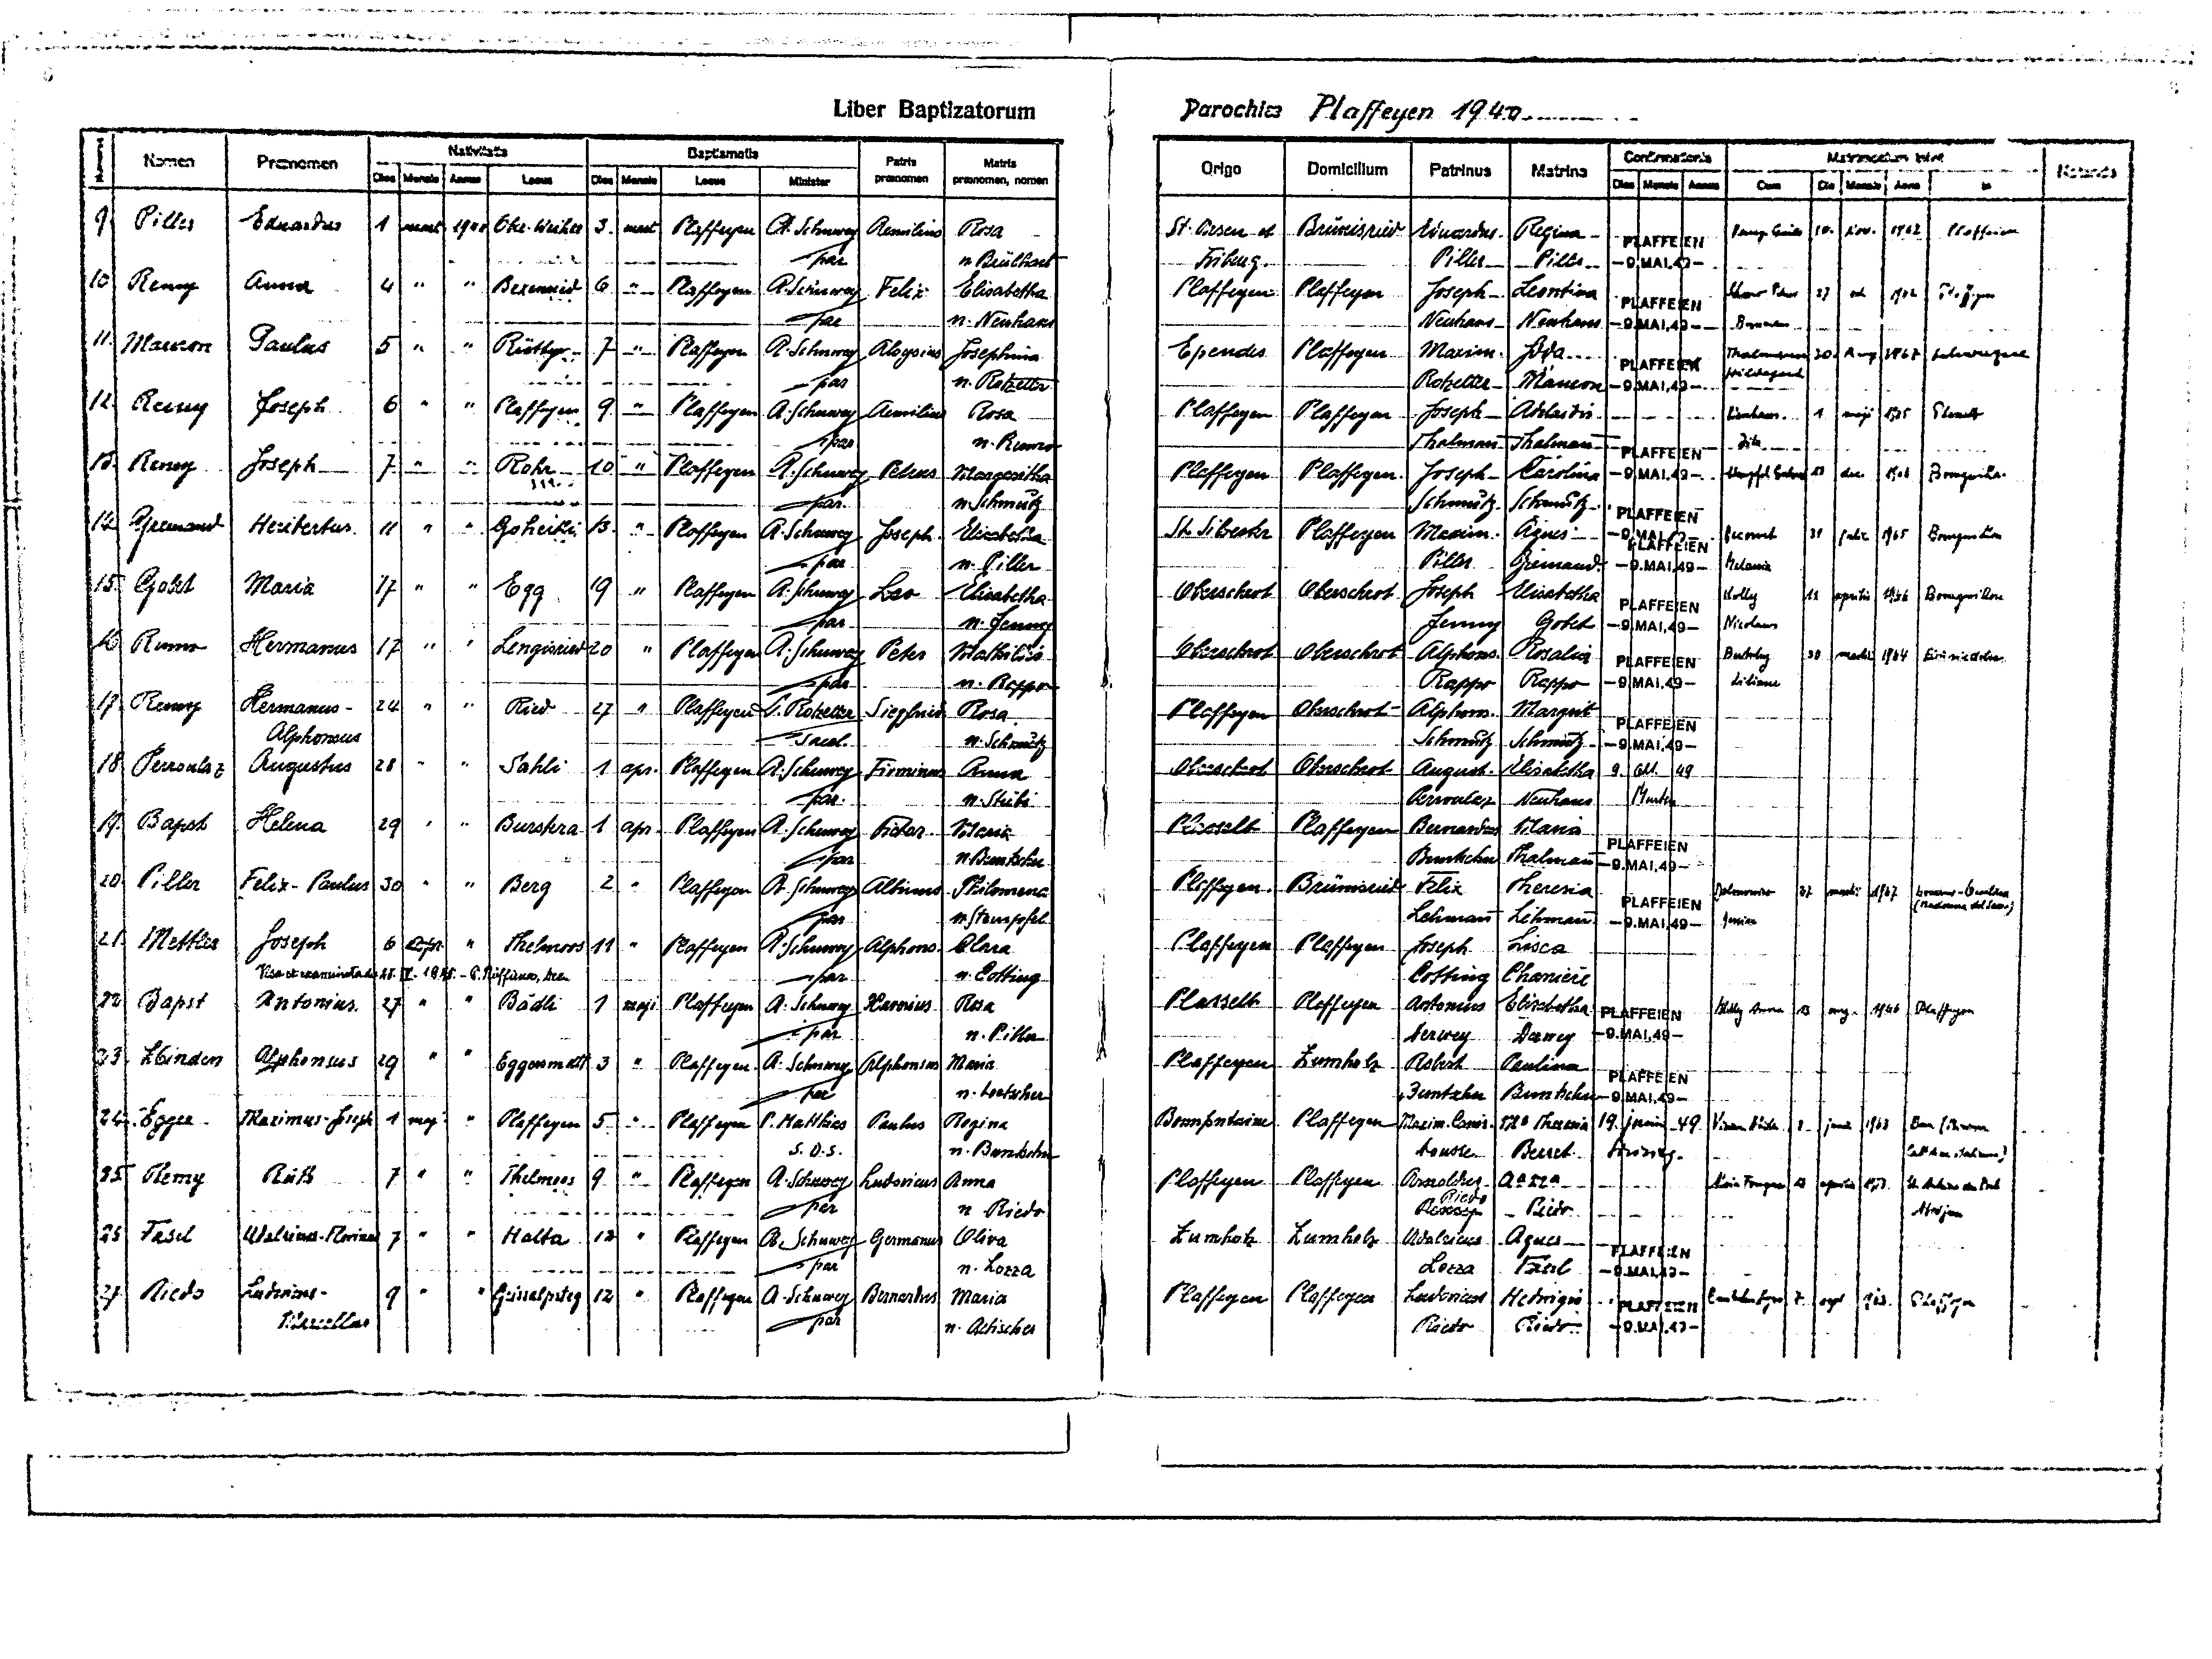
5
3
Parochie Plaffeyen 1949
lider Papflratorum
m
DrrEmat
Ke u
n
Certr
Patrt
Matrte
K3
Prannen
Artgo
Damleillum
Patriners
135113

tan
ner
k
an
Braen
erarromen norvan f
h

ann
Aster
anf
E
=
an
ha
an
ui
den
Pitter
Sanseder
9
5
11
15.
1100/
Ohe. Wiecht
Roffeen
Rrosa
ma
. Sehea
st. liesen4.
eo.
/1702/
Regina.
Erafteie
/10.1
Ressileies
Bruriszur
tinarder.
dang Ei
vrTE
 Beubtoct
Pilli¬
hat
Frrbellz
1-0;ealG-
Piller¬
.

10
Aed

Rassegen
Kea
4
16
Aerira
Elisabetha
Lesrstion
Bereid
Claffegen.
1121
5
Sehr
Plaffegen
12)
ich
Josget-
hoer P
MlTTERe
n. Nenharr
Iht
Nenhars
Nanher.
SpA116--
Derne
s
10
Miaer
Tanlas
e
151
Keutt¬
7

Marion:
K Schmerg
Eßendes
.
Rasfasen!
Alsgpins
Sluffogen.
1
sehnarngent
ha
17
f
Frolsehmia
Mar
frienegen
Rotzeltee¬
Maucon
has
4. Roketter
f-5flA1,A8-

Rei

6
9
=
Hotgsu
Raffehen
Rossgen
S. Laffagen.
Aearilin
Arolasdie¬
Tha
Josept-
enif
/1
A. Scha
1
Plaffegan
ha.
Rosa
m. Red
Thalman
Dit
Balam
et
farre

1o
er

0/
Jrseph-
4
Roh
A. schnedt
Roffegen
27
Ceiobur
-0/1AI.13-
Bomgniha.
s
/an
rpfel Betrah
Leha
Slaffegen.
Plaffegen.
/10
Josepb¬
Tchargesitha
h
Schas h
1 hmätz
Schrutz.
Marreke

14
e
1
Heritertus.
5/
1
14
Goheike
Rossegen
St Sibechr
iestota
Brigen Lir
Plaffegen
13
Mecion.
Käses:
esmit
e
er
. Scha
-01A41]=
Jogpt
HLAFFEIEN
v. Giller.
Gremande
shar
Siller.
Belassie
-P. MA1BD-
erf
157
19/
4r
1

Goht
Maria
677
Raffegen
Cisabetha
Cberschert
Uisstoher
Oberschert
/ollg
ber
sthete
e
Korng kon
K. Schaa
fegntit
/15
PfaFFefen
Gotet
I
u. Jomarg
Jernng
Nisdans
1- 0/Ma1.10-

8

Hermarus
1
21
1
Lengissier
120/
Plaffera
A. Schnra
Obeischres
Pbirscbert
Alphors
130
Peter
154
mahth
Rosali
Brnnoh
Stakilds¬
Bubrlig
pfartEw
ht
Rappo
(- 5/AAI. 36
Litiem
Kapfer
u. Kohsr
1

ornoth
Kermanens¬
1
Kird
124/
9.
Plaffegen
(
Sipfeich
Khargert
. Rotelte
Kloffoan
Rbosschert¬
Aptwe.
Rosa.
PfaFFEEW
Alphoreus
rea
4. Schreutz
seheerutz
Schmz
 9/N1A1. 40-

Terronla?
Angustus
128/
Pahli.
Atorschert

Mbeschiot
Angurt.
schit
Roffegen
schmg
Huna
ges.
Kranaaf
19./61. /49
Bente
N. Steibe.
Ihh.
Krrale
Nenhans

de
(apst
Relmna
11
Burstera
11
129/
Kustelt
Raffegenn
Bermarde
ß14.
tilans
Kaffegenl
R. Sche
Boar
Tolara
FifärFEHW
N. BiemBte.
Shr
Malman
Brwkcho
f 0.MAI.96-
Pilter
40/

3
er
Berg

Kloffegen.
Fel- Panles
3d
Brursend
Sohtgen
Abeiwer
Klie
Reresia
t. Schnre
Silomena
ow
184
homier-Oen
e
5/57
FlAFFEIEN
raso d da)
Lehiman
in Stamspfel
Letman
Her
-P. M1A1183
Jonien
Mettier
21
Joseet
4

n
Telmioo

.Laffegen
Plaffegen¬
arsca
S. Schnerof
Klara
11/
Raffegen
Alptons
Arseph.
v. Cotting
Cottiig
Riss et exareistadt 18. VI. 18. 75. - 6. Ruffüna, bein
Chamierl
ar.
118/

Plasselb
Bädli
Plofferen.
Daper
17
Paffegen
Rieporiws.
Antorms
Antorus.
17
(ag
Rosa
Ebiscbother
A. Schar
skatz benn
o
rg.
/1948
Maschegen
Ei
70. MA1.19
he
dareg
4. Pittar
Verweg
Koffegen

Alsken1255

1331
zbinden
19/
6990m28
Klaffegen.
3/
2
Diemhel
Mana.
Robech
A. Sebenerag
Silphonies
Castin
pfatlEr
i
Juntehe
m. tetsher
BeBche
 OAL43-

ng f
8ppe
Rarimy Frzch
Plaffegen
(3
Kohegen/
16 Thae
Paubes
Bonnsntain
issim. Cmi.
.t

Plaffegen
Bozina
P. Matities
(19. Grauh. 49.
(Den (ihw
1115
Wisen Büte.)
in

u. Bortoh
tontten
Beiet.
5.0.5.
Hedet¬
ah a
1
/34

Kr7
Rutt
1
2242
A. Schewa
Thelenses
Arscolies.
9

Kndsesan
Aona
Klosfigen
trie Fragen
Rofeper1
Plosfigen.

ahe 2/
 h  t
167.
Riede
Pidr.
ez
4 Riede
Riss
n
Zumhelz
v

155/

15
Raffegen
Fedel
Aielsias. Rorien
7
Halta.
Lamhatz.
Aguer¬
Adaleies.
Germone
GPliva
( Schnet
arf
Tarl
ohe
n. Lozza
Lezza
- 9.429413-

undersses¬
8.
Kieds
Lasrust
13
Besnerlns
Raffegen
Roffegen
12/
Roffegan
Eiseprtig)
1 Sn
Maria
Hechzes
2.1

og
725./
9/
E
parun
Tihrictlar
Jat (
Biedt
Rilde
foseel.53-
n. Aetischer